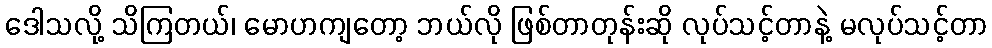
ဒေါသလို့ သိကြတယ်၊ မောဟကျတော့ ဘယ်လို ဖြစ်တာတုန်းဆို လုပ်သင့်တာနဲ့ မလုပ်သင့်တာ